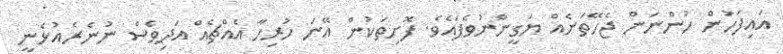
އައިފަހުން ހުންނަން ޖެހޭތަނެއް ޔަގީންނުވެފައެވެ. ފޮށިތަކުން އޭނަ ހުރިހާ އެއްޗެއް އަދިވެސް ނުނެރެއުޅެނީ